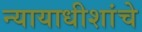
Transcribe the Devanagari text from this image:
न्यायाधीशांचे